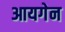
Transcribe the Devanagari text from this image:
आयगेन